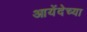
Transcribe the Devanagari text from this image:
आयेंदेच्या